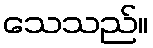
သေသည်။